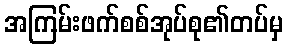
အကြမ်းဖက်စစ်အုပ်စု၏တပ်မှ